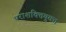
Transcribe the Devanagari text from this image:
पराशक्तियुक्त